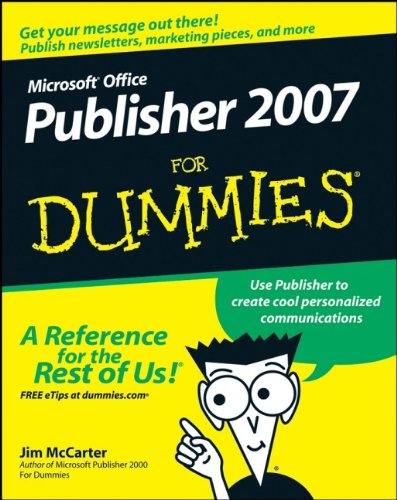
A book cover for Microsoft Office Publisher 2007 For Dummies; Jim McCarter; Computers & Technology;